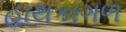
હાથકાગળ